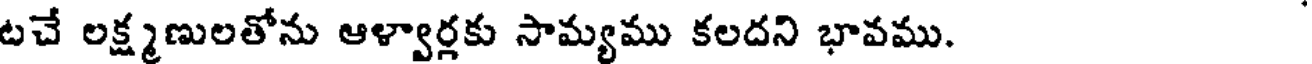
టచే లక్ష్మణులతోను ఆళ్వార్లకు సామ్యము కలదని భావము.